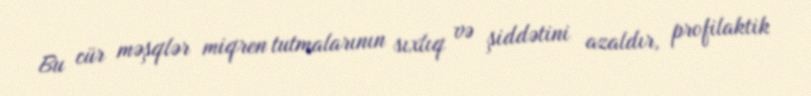
Bu cür məşqlər miqren tutmalarının sıxlıq və şiddətini azaldır, profilaktik